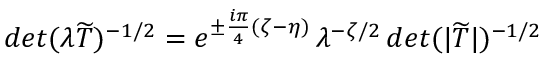
d e t ( \lambda \widetilde { T } ) ^ { - 1 / 2 } = e ^ { \pm \frac { i \pi } { 4 } ( \zeta - \eta ) } \, \lambda ^ { - \zeta / 2 } \, d e t ( | \widetilde { T } | ) ^ { - 1 / 2 }